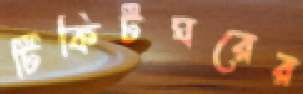
টিকিটঘরের